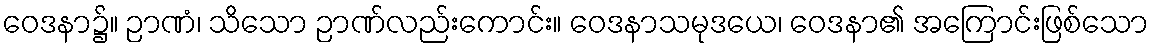
ဝေဒနာ၌။ ဉာဏံ၊ သိသော ဉာဏ်လည်းကောင်း။ ဝေဒနာသမုဒယေ၊ ဝေဒနာ၏ အကြောင်းဖြစ်သော